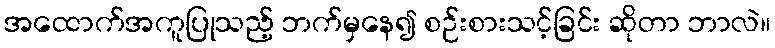
အထောက်အကူပြုသည့် ဘက်မှနေ၍ စဉ်းစားသင့်ခြင်း ဆိုတာ ဘာလဲ။